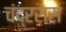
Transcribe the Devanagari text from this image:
चंद्ररास